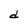
Character: d